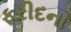
ફરીદના